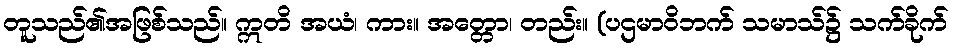
တူသည်၏အဖြစ်သည်။ ဣတိ အယံ၊ ကား။ အတ္တော၊ တည်း။ (ပဌမာဝိဘက် သမာသ်၌ သက်ခိုက်